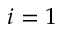
i = 1